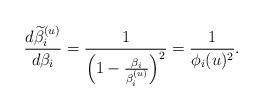
LaTeX: \begin{align*}\frac{d\widetilde\beta_i^{(u)}}{d\beta_i}=\frac{1}{\Big(1-\frac{\beta_i}{\beta_i^{(u)}}\Big)^2}=\frac{1}{\phi_i(u)^2}.\end{align*}